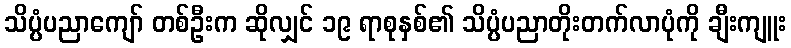
သိပ္ပံပညာကျော် တစ်ဦးက ဆိုလျှင် ၁၉ ရာစုနှစ်၏ သိပ္ပံပညာတိုးတက်လာပုံကို ချီးကျူး